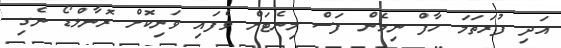
އަދި ފުރަތަމަ ހާފް ނިމެން ފަސް މިނެޓަށް ވެފައި ވަނިކޮށް ރޮނާލްޑޯ ނެގި